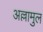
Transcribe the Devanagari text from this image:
अल्लामुल